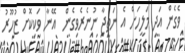
ވެގެން އަދި މަލީހަށް އެ ނަތީޖާ ނުނެރެވިގެން  އޭނާ ވަކިކޮށް ޒުހޫރު